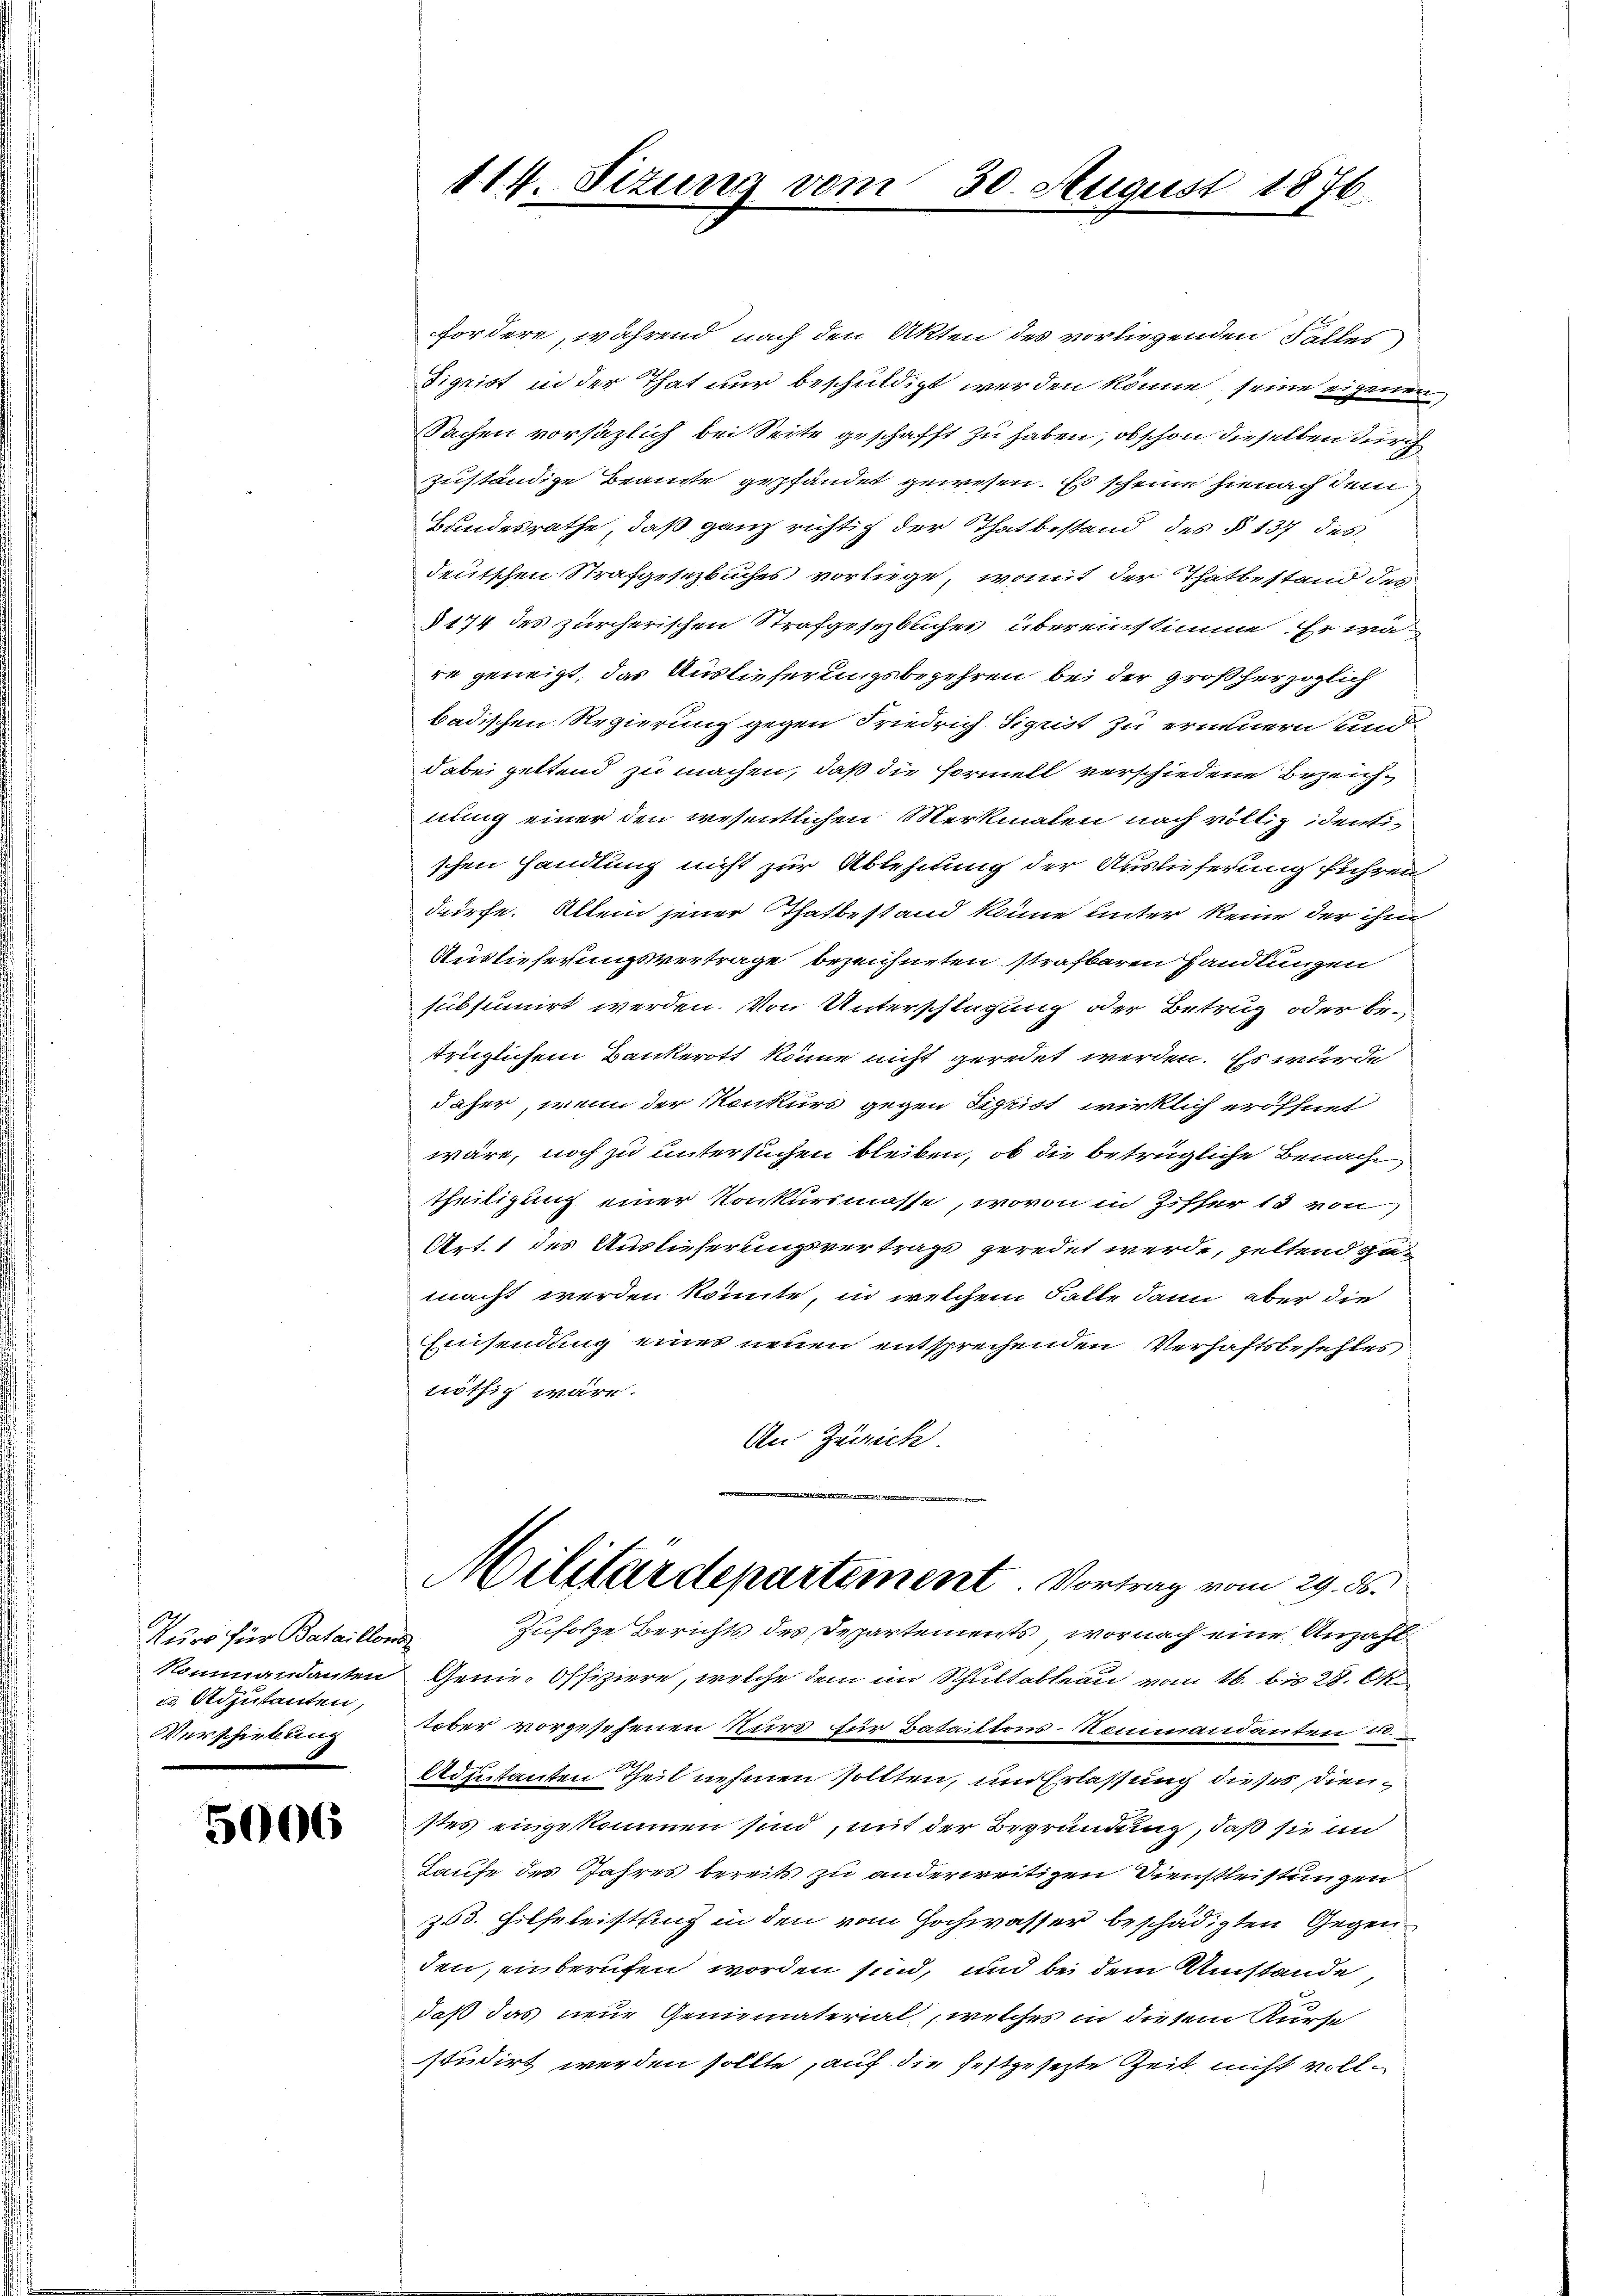
Kurs für Bataillons
u. Stojutanten,
Verschiebung

5006

114. Situng vom 30. August 1876.

fordere, während nach den Akten des vorliegenden Falles
Sigrist in der That nur beschuldigt werden könne seine eigenen
Sachen vorsätzlich bei Seite geschafft zu haben, ob schon dieselben durch
zuständige Beamte gepfändet gewesen. Es scheine hienach dem
Bundesrathe, daß ganz richtig der Thatbestand des § 137 des
deutschen Strafgesezbuches vorliege, womit der Thatbestand des
§174 des zürcherischen Strafgesezbuches übereinstimme. Er wäre geneigt, das Auslieferungsbegehren bei der großherzoglich
badischen Regierung gegen Friedrich Sigrist zu erinnern und
dabei geltend zu machen, daß die Formell verschiedene Bezeichnung einer den wesentlichen Merkmalen nach völlig identischen Handlung nicht zur Ablehnung der Auslieferung führen
dürfe. Allein jener Thatbestand könne unter keine der ihm
Auslieferungsvertrage bezeichneten strafbaren Handlungen
subsumirt werden. Von Unterschlagung oder Betrug oder betrüglichem Bankerott könne nicht geredet werden. Es würde
daher, wenn der Konkurs gegen Sigrist wirklich eröffnet
wäre, noch zu untersuchen bleiben, ob die betrügliche Benache
theiligung einer Konkursmasse, wovon in Ziffer 18 von
Art. 1 des Auslieferungsvertrags geredet werde, zeltend zu-
macht werden könnte, in welchem Falle dann aber die
Einsendung eines neuen entsprechenden Verhaftsbefehles
nöthig wäre.
An Zürich.
Militärdepartement. Vortrag vom 29. ds.
Zufolge Berichts des Departements, wornach eine Anzahl
Kommandanten Genie-Offiziere, welche dem im Schultableau vom 16. bis 28. Ok
tober vorgesehenen Nur für Batailtons-Kommandanten 20.
Adjutanten Theil nehmen sollten, um Erlassung dieses Dienstes eingekommen sind, mit der Begründung, daß sie in
Taufe des Jahres bereits zu anderweitigen Dienstleistungen
z 3. Hilfeleistung in den vom Hochwasser beschädigten Gegenden, einberufen worden sind, und bei dem Umstände,
daß das neue Gemematerial, welches in diesem Kurse
studirt werden sollte, auf die festgesezte Zeit nicht voll¬